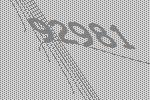
92981